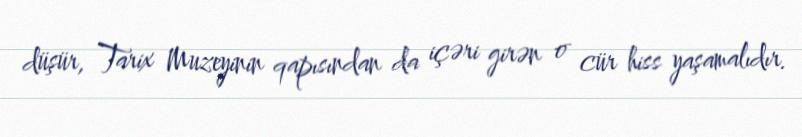
düşür, Tarix Muzeyinin qapısından da içəri girən o cür hiss yaşamalıdır.